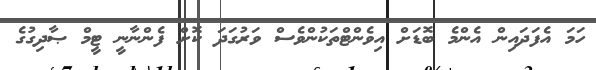
ހަމަ އެފަދައިން އެންމެ ބޮޑަށް އިވެންޓްތަކުންވެސް ވަރުގަދަ ކޮށް ފެންނާނީ ޓީމް ޞާދިގުގެ